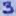
Text: 3